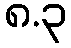
၈.၃